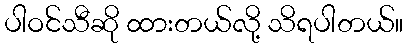
ပါဝင်သီဆို ထားတယ်လို့ သိရပါတယ်။